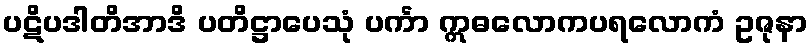
ပဋိပဒါတိအာဒိ ပတိဋ္ဌာပေသုံ ပင်္ကာ ဣဓလောကပရလောကံ ဥဇုနာ